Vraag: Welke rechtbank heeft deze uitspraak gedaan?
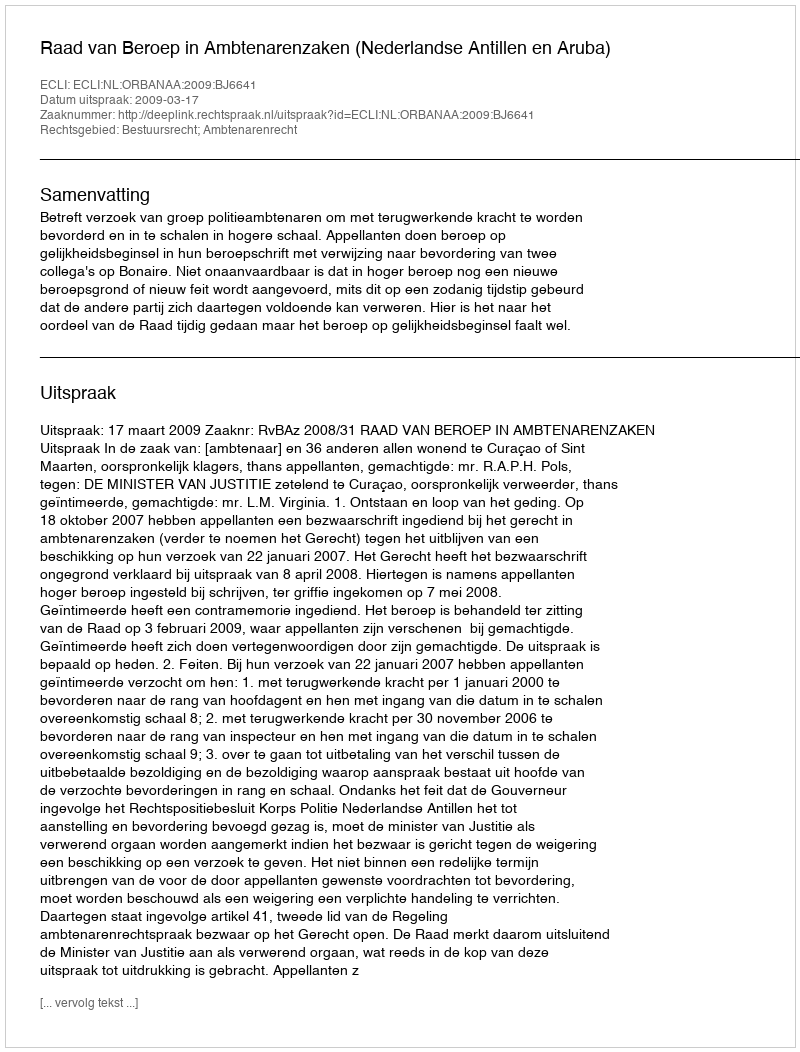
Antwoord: Raad van Beroep in Ambtenarenzaken (Nederlandse Antillen en Aruba)